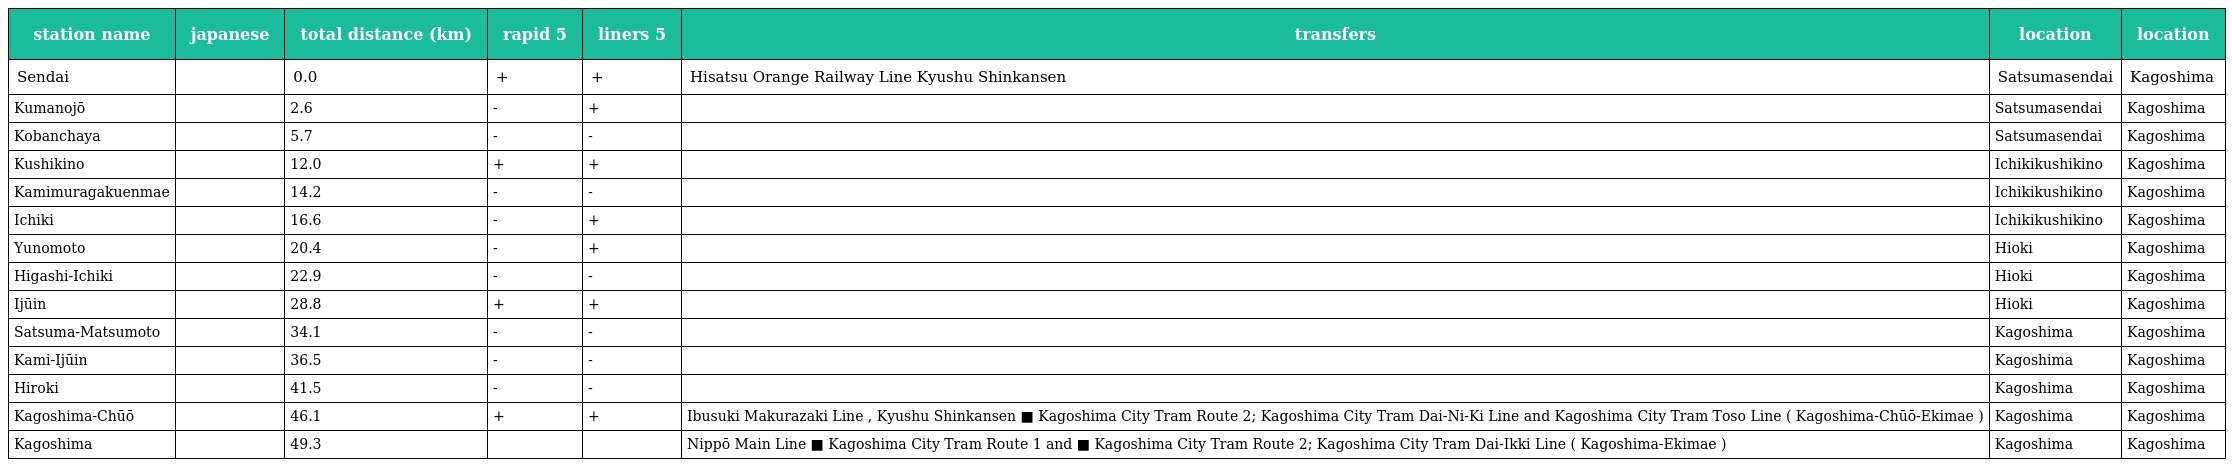
| station name | japanese | total distance (km) | rapid 5 | liners 5 | transfers | location | location |
 | --- | --- | --- | --- | --- | --- | --- | --- |
 | Sendai | 川内 | 0.0 | + | + | Hisatsu Orange Railway Line Kyushu Shinkansen | Satsumasendai | Kagoshima |
 | Kumanojō | 隈之城 | 2.6 | - | + |  | Satsumasendai | Kagoshima |
 | Kobanchaya | 木場茶屋 | 5.7 | - | - |  | Satsumasendai | Kagoshima |
 | Kushikino | 串木野 | 12.0 | + | + |  | Ichikikushikino | Kagoshima |
 | Kamimuragakuenmae | 神村学園前 | 14.2 | - | - |  | Ichikikushikino | Kagoshima |
 | Ichiki | 市来 | 16.6 | - | + |  | Ichikikushikino | Kagoshima |
 | Yunomoto | 湯之元 | 20.4 | - | + |  | Hioki | Kagoshima |
 | Higashi-Ichiki | 東市来 | 22.9 | - | - |  | Hioki | Kagoshima |
 | Ijūin | 伊集院 | 28.8 | + | + |  | Hioki | Kagoshima |
 | Satsuma-Matsumoto | 薩摩松元 | 34.1 | - | - |  | Kagoshima | Kagoshima |
 | Kami-Ijūin | 上伊集院 | 36.5 | - | - |  | Kagoshima | Kagoshima |
 | Hiroki | 広木 | 41.5 | - | - |  | Kagoshima | Kagoshima |
 | Kagoshima-Chūō | 鹿児島中央 | 46.1 | + | + | Ibusuki Makurazaki Line , Kyushu Shinkansen ■ Kagoshima City Tram Route 2; Kagoshima City Tram Dai-Ni-Ki Line and Kagoshima City Tram Toso Line ( Kagoshima-Chūō-Ekimae ) | Kagoshima | Kagoshima |
 | Kagoshima | 鹿児島 | 49.3 |  |  | Nippō Main Line ■ Kagoshima City Tram Route 1 and ■ Kagoshima City Tram Route 2; Kagoshima City Tram Dai-Ikki Line ( Kagoshima-Ekimae ) | Kagoshima | Kagoshima |